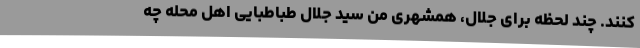
کنند. چند لحظه برای جلال، همشهری من سید جلال طباطبایی اهل محله چه